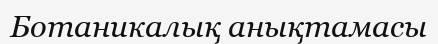
Ботаникалық анықтамасы